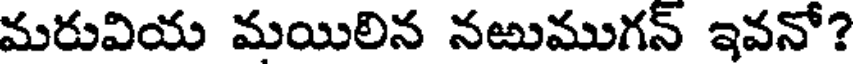
మరువియ మయిలిన నఱుముగన్ ఇవనో?